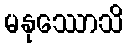
မနုဿောသိ